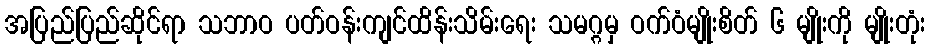
အပြည်ပြည်ဆိုင်ရာ သဘာဝ ပတ်ဝန်းကျင်ထိန်းသိမ်းရေး သမဂ္ဂမှ ဝက်ဝံမျိုးစိတ် ၆ မျိုးကို မျိုးတုံး